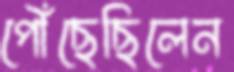
পৌঁছেছিলেন